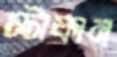
স্টাফান